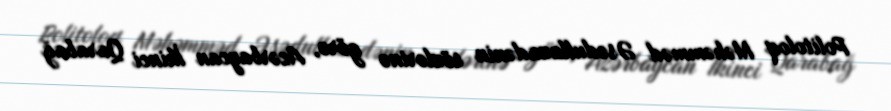
Politoloq Məhəmməd Əsədullazadənin sözlərinə görə, Azərbaycan İkinci Qarabağ